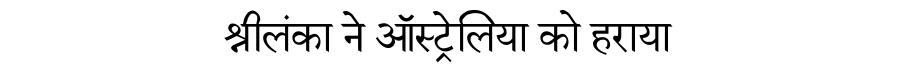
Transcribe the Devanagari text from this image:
श्रीलंका ने ऑस्ट्रेलिया को हराया